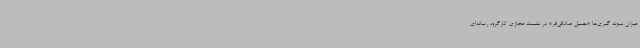
میزان نمونه گیری‌ها «جمیل صادقی‌فر» در نشست مجازی کارگروه رسانه‌ای